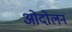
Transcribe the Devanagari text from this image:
ओदोलन